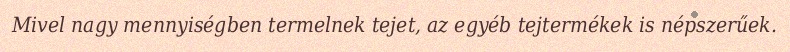
Mivel nagy mennyiségben termelnek tejet, az egyéb tejtermékek is népszerűek.